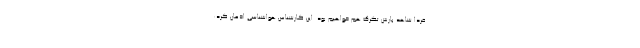
فردا شاهد بارش تگرگ هم خواهیم بود. این کارشناس هواشناسی اذعان کرد: